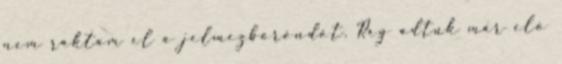
nem raktam el a jelmezbőröndöt. Rég adtuk már elő